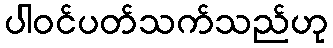
ပါဝင်ပတ်သက်သည်ဟု